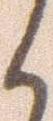
く